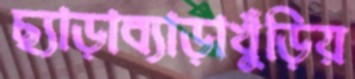
ছ্যাড়াব্যাড়াখুঁড়িয়